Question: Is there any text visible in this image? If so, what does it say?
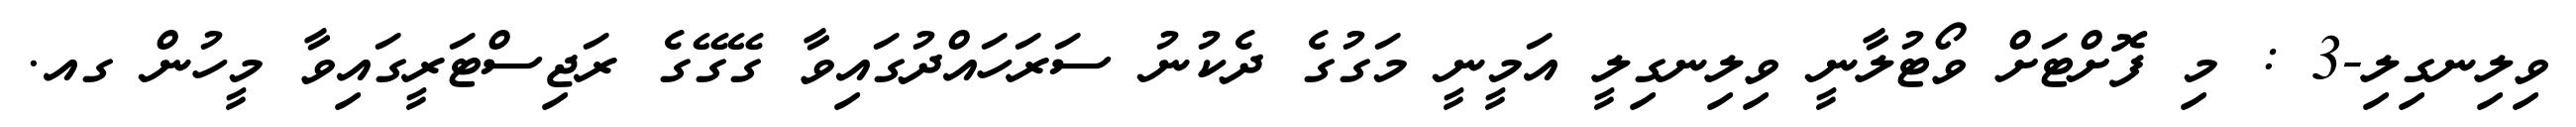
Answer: ވިލިނގިލި-3 : މި ފޮށްޓަށް ވޯޓުލާނީ ވިލިނގިލީ އަމީނީ މަގުގެ ދެކުނު ސަރަހައްދުގައިވާ ގޭގޭގެ ރަޖިސްޓަރީގައިވާ މީހުން ގއ.